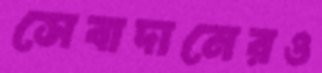
সেবাদানেরও